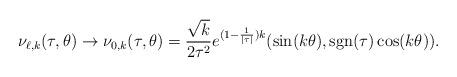
LaTeX: \begin{align*}\nu_{\ell,k}(\tau,\theta)\to \nu_{0,k}(\tau,\theta)=\frac{\sqrt{k}}{2\tau^2}e^{(1-\frac{1}{|\tau|})k}(\sin(k\theta),\operatorname{sgn}(\tau)\cos(k\theta)).\end{align*}